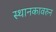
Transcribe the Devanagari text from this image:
स्थानकावरुन